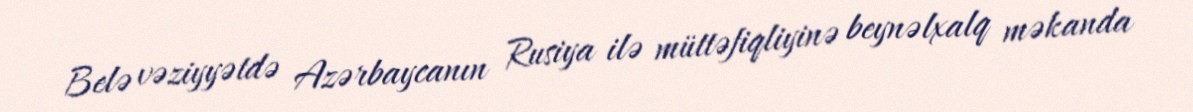
Belə vəziyyətdə Azərbaycanın Rusiya ilə müttəfiqliyinə beynəlxalq məkanda